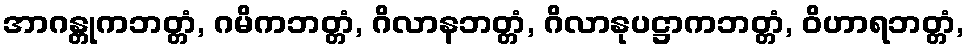
အာဂန္တုကဘတ္တံ, ဂမိကဘတ္တံ, ဂိလာနဘတ္တံ, ဂိလာနုပဋ္ဌာကဘတ္တံ, ဝိဟာရဘတ္တံ,